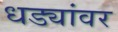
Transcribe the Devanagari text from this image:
धड्यांवर